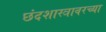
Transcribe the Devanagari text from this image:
छंदशास्त्रावरच्या